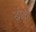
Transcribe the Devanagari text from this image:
खोको